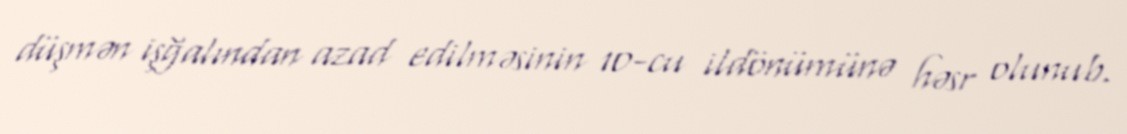
düşmən işğalından azad edilməsinin 10-cu ildönümünə həsr olunub.